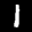
Label: 1